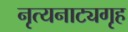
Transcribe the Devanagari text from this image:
नृत्यनाट्यगृह